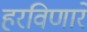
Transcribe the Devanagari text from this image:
हरविणारे